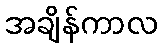
အချိန်ကာလ